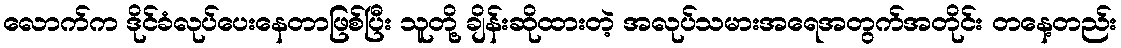
လောက်က ဒိုင်ခံလုပ်ပေးနေတာဖြစ်ပြီး သူတို့ ချိန်းဆိုထားတဲ့ အလုပ်သမားအရေအတွက်အတိုင်း တနေ့တည်း